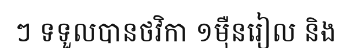
ៗ ទទួលបានថវិកា ១ម៉ឺនរៀល និង